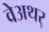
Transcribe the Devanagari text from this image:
वेअथर्